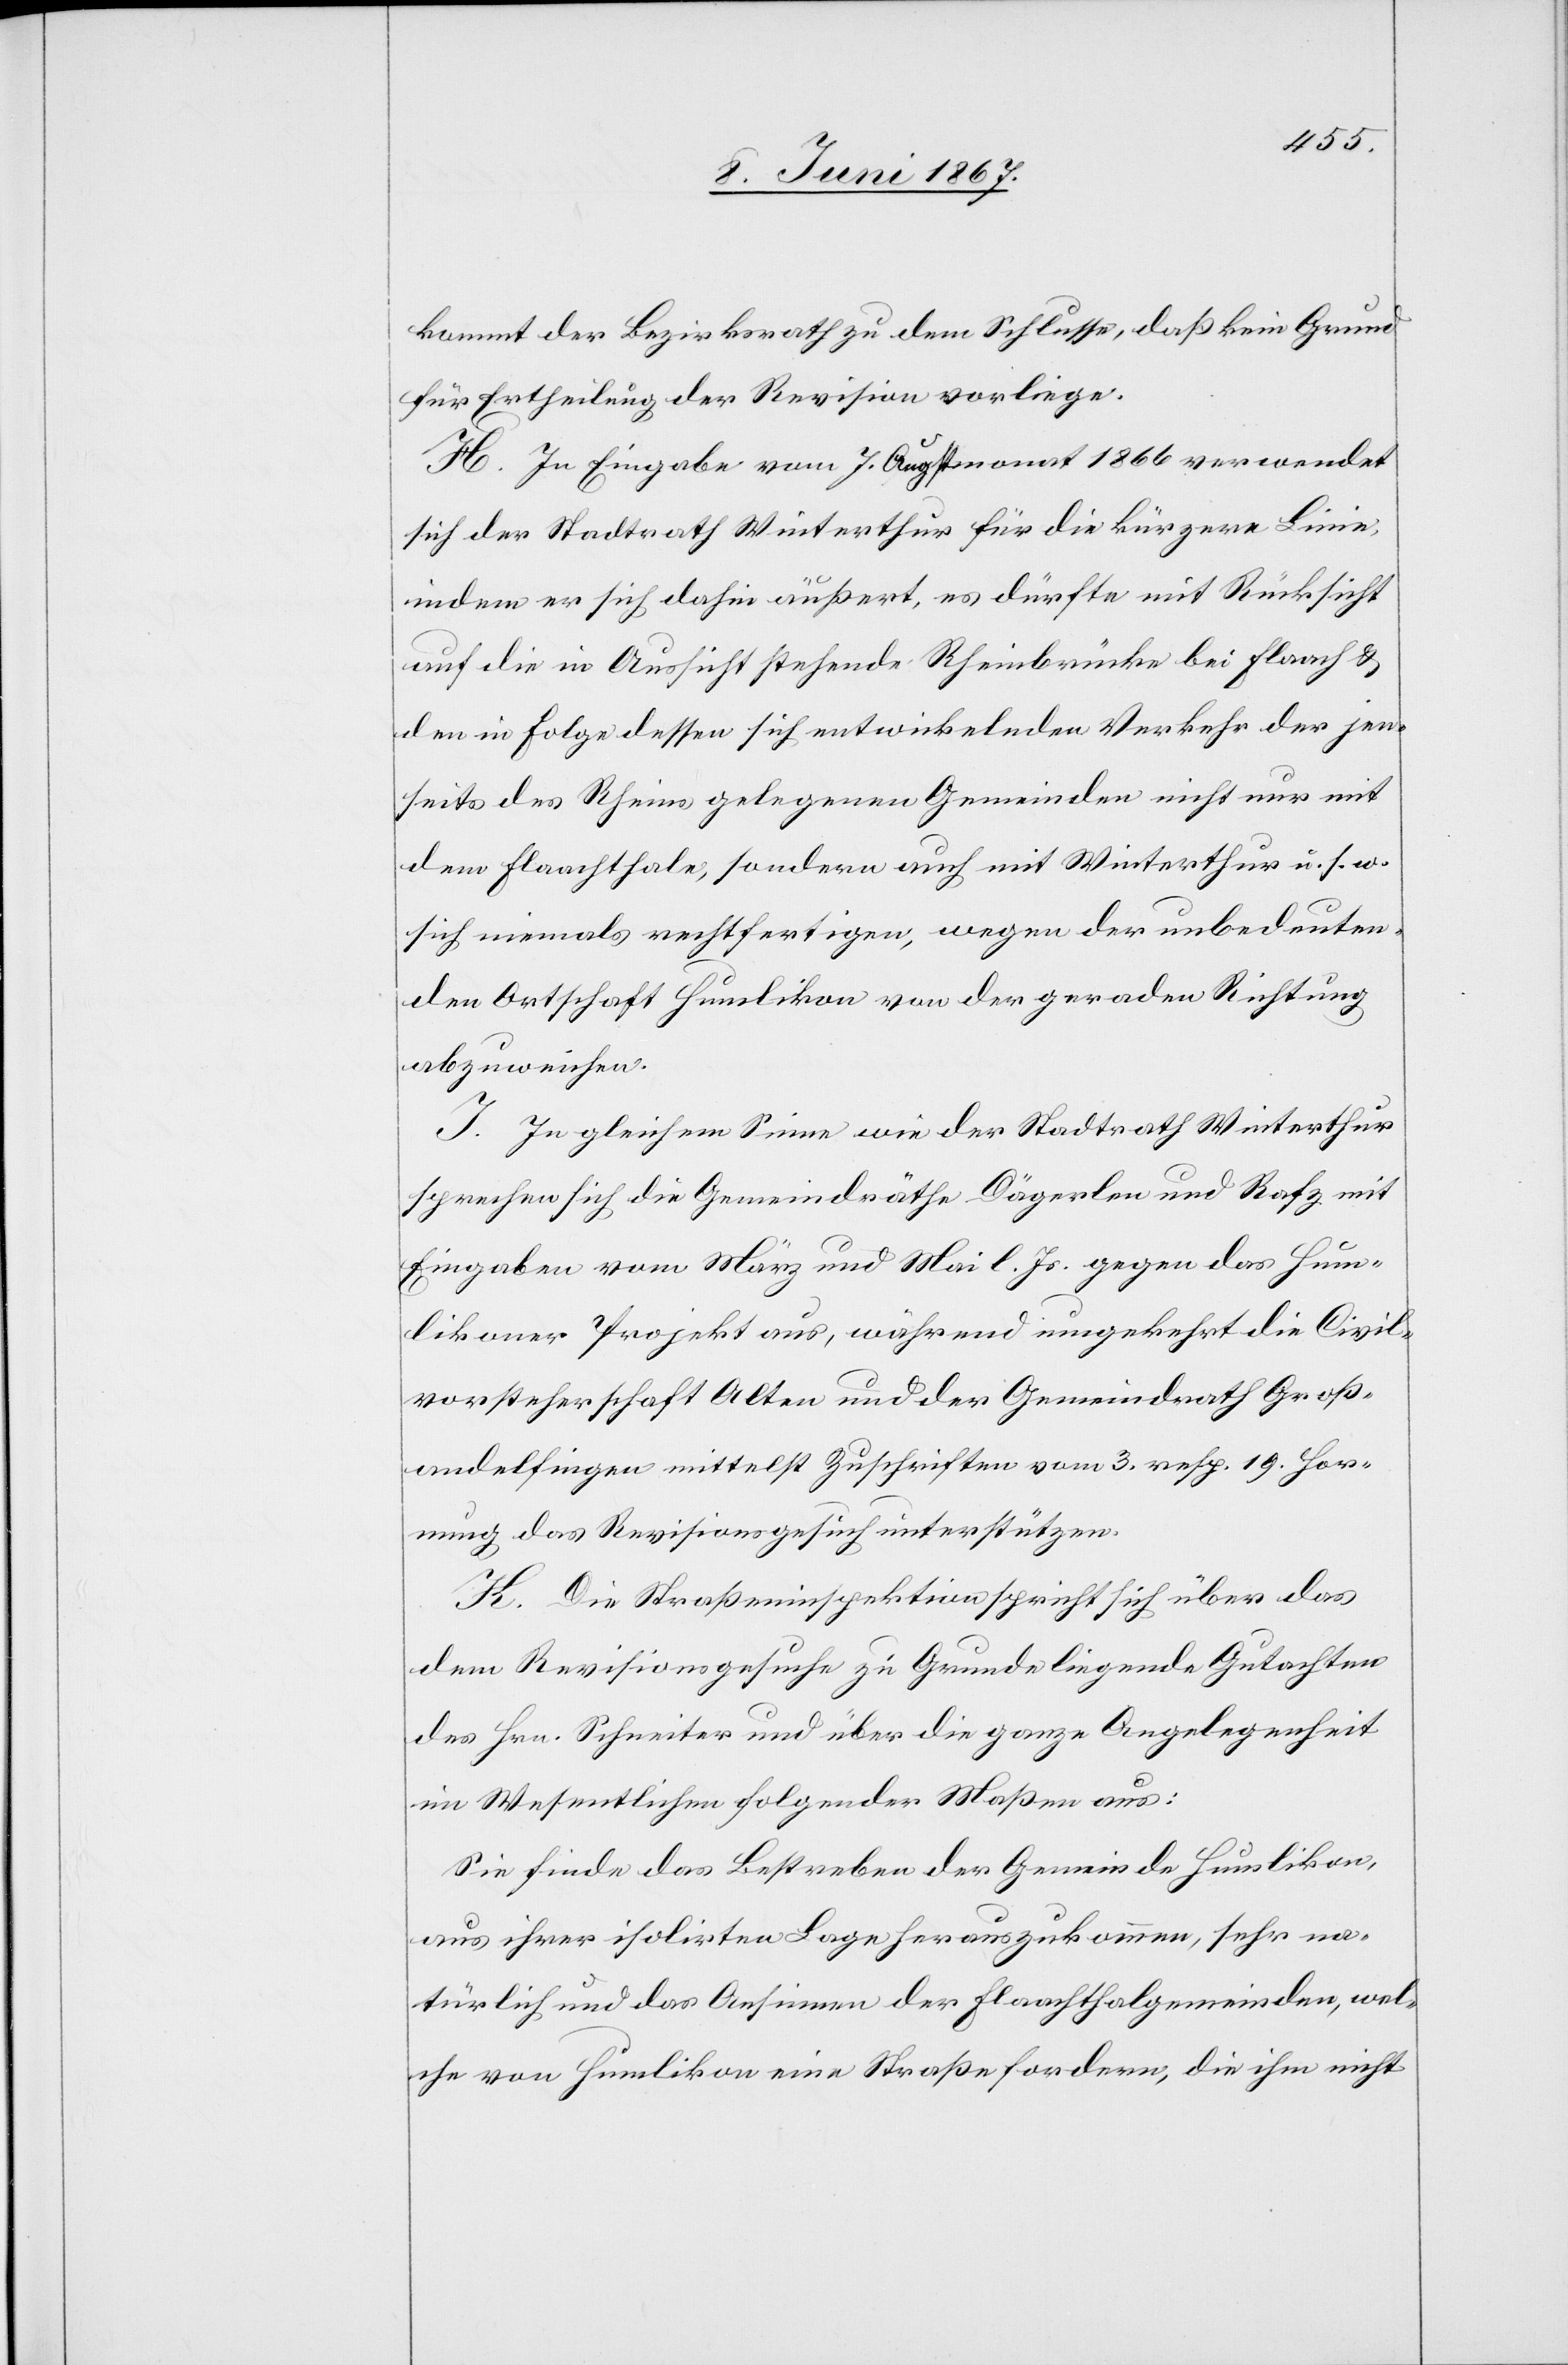
kommt der Bezirksrath zu dem Schlusse, daß kein Grund
für Ertheilung der Revision vorliege.
H. In Eingabe vom 7. Augstmonat 1866 verwendet
sich der Stadtrath Winterthur für die kürzere Linie,
indem er sich dahin äußert, es dürfte mit Rücksicht
auf die in Aussicht stehende Rheinbrücke bei Flaach u.
den in Folge dessen sich entwickelnden Verkehr der jen¬
seits des Rheins gelegenen Gemeinden nicht nur mit
dem Flaachthale, sondern auch mit Winterthur u. s. w.
sich niemals rechtfertigen, wegen der unbedeuten¬
den Ortschaft Humlikon, von der geraden Richtung
abzuweichen.
I. In gleichem Sinne wie der Stadtrath Winterthur
sprechen sich die Gemeindräthe Dägerlen und Rafz mit
Eingabe vom März und Mai l. Js. gegen das Hum¬
likoner Projekt aus, während umgekehrt die Civil¬
vorsteherschaft Alten und der Gemeindrath Groß¬
andelfingen mittelst Zuschriften vom 3. resp. 19. Hor¬
nung das Revisionsgesuch unterstützen.
K. Die Straßeninspektion spricht sich über das
dem Revisionsgesuche zu Grunde liegende Gutachten
des Hrn. Schneiter und über die ganze Angelegenheit
im Wesentlichen folgender Maßen aus:
Sie finde das Bestreben der Gemeinde Humlikon
aus ihrer isolirten Lage herauszukommen, sehr na¬
türlich und das Ansinnen der Flaachthalgemeinden, wel¬
che von Humlikon eine Straße fordern, die ihm nicht